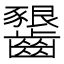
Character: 𪙲